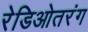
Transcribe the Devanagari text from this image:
रेडिओतरंग